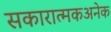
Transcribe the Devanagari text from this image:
सकारात्मकअनेक